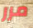
مرر